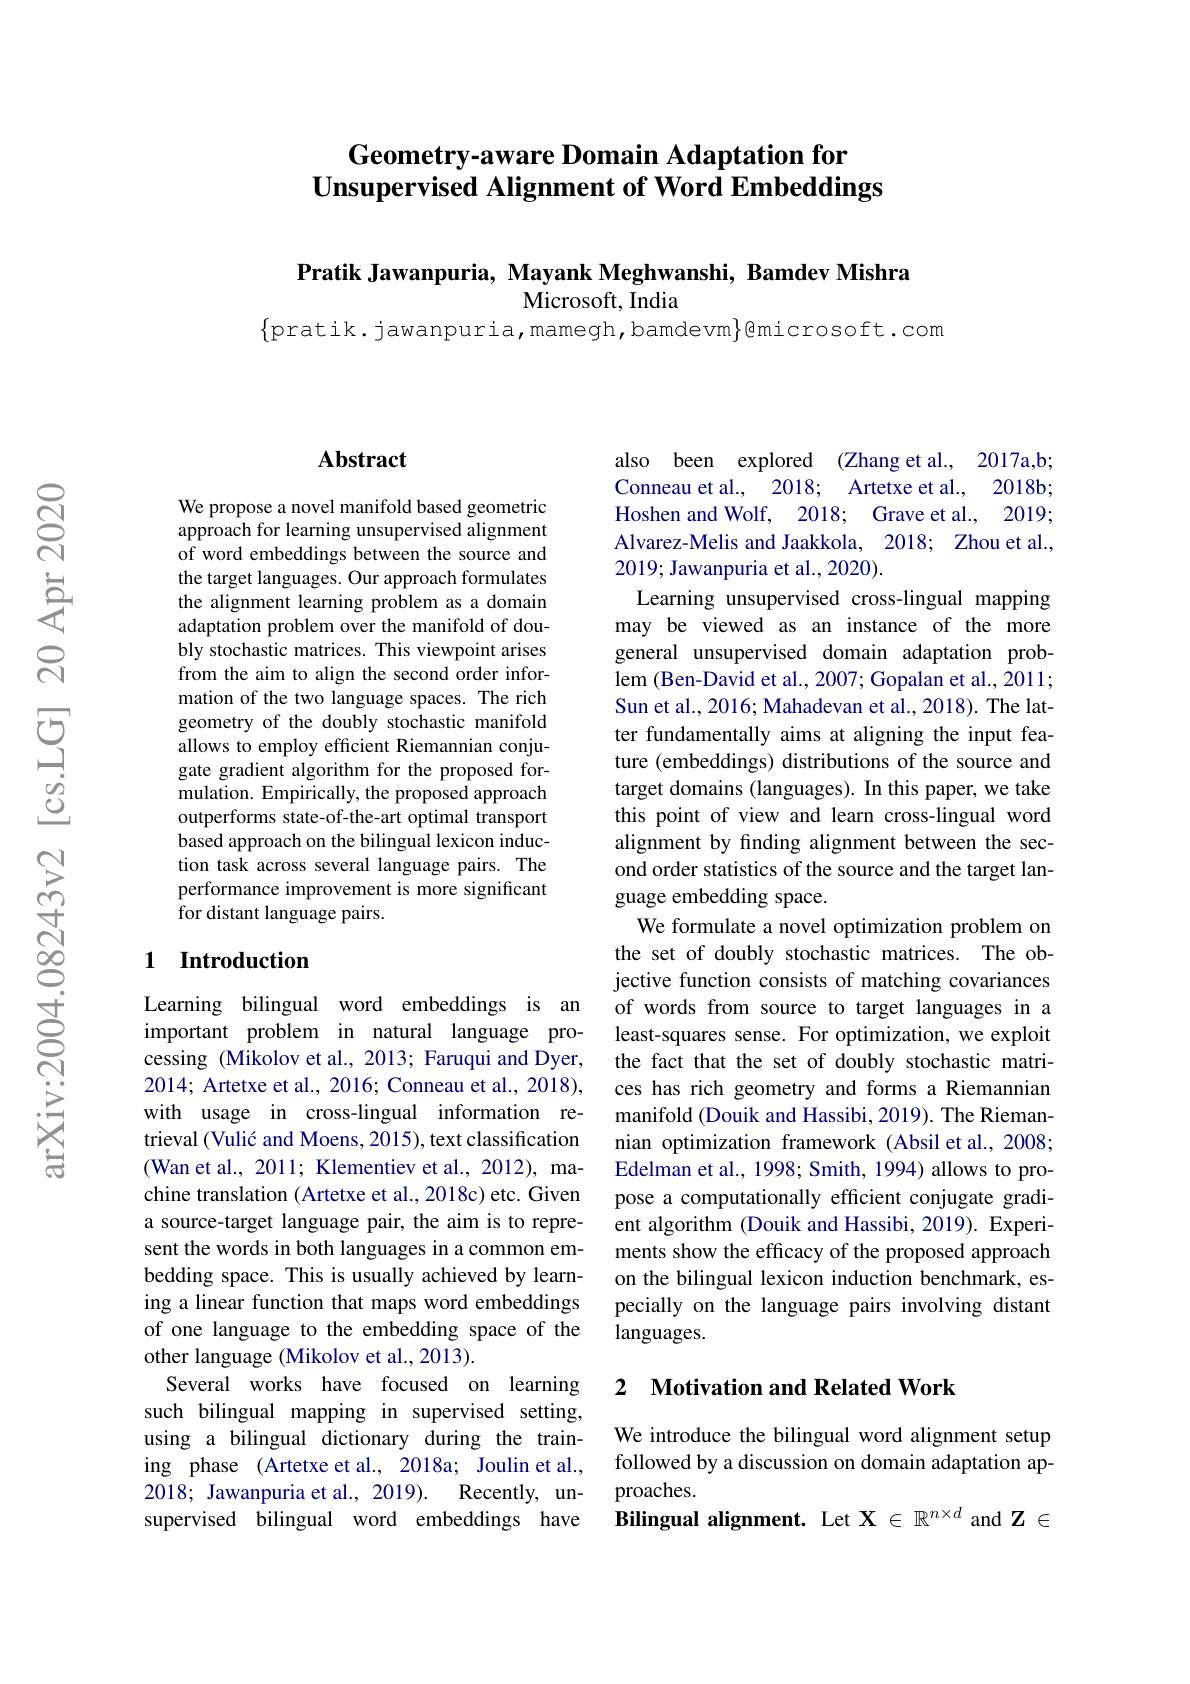
# Geometry-aware Domain Adaptation for $\textbf{Unsupervised Alignment of Word Embeddings}$

Pratik Jawanpuria, Mayank Meghwanshi, Bamdev Mishra
Microsoft, India

$\{$pratik.jawanpuria,mamegh,bamdevm$\}$@microsoft.com

## Abstract

We propose a novel manifold based geometric approach for learning unsupervised alignment of word embeddings between the source and the target languages. Our approach formulates the alignment learning problem as a domain adaptation problem over the manifold of doubly stochastic matrices. This viewpoint arises from the aim to align the second order information of the two language spaces. The rich geometry of the doubly stochastic manifold allows to employ efficient Riemannian conjugate gradient algorithm for the proposed formulation. Empirically, the proposed approach outperforms state-of-the-art optimal transport based approach on the bilingual lexicon induction task across several language pairs. The performance improvement is more significant $\hat{\text{for distant language pairs.}}$

## 1 Introduction

Learning bilingual word embeddings is an important problem in natural language processing (Mikolov et al., 2013; Faruqui and Dyer, 2014; Artetxe et al., 2016; Conneau et al., 2018), with usage in cross-lingual information retrieval (Vulić and Moens, 2015), text classification (Wan et al., 2011; Klementiev et al., 2012), machine translation (Artetxe et al., 2018c) etc. Given a source-target language pair, the aim is to represent the words in both languages in a common embedding space. This is usually achieved by learning a linear function that maps word embeddings of one language to the embedding space of the other language (Mikolov et al., 2013).
Several works have focused on learning such bilingual mapping in supervised setting, using a bilingual dictionary during the training phase (Artetxe et al., 2018a; Joulin et al., 2018; Jawanpuria et al., 2019). Recently, unsupervised bilingual word embeddings have Bilingual alignment. Let $\mathcal{X}\in\mathbb{R}^{n\times d}$ and $\mathbf{Z}\in$

also been explored (Zhang et al., 2017a,b; Conneau et al., 2018; Artetxe et al., 2018b; Hoshen and Wolf, 2018; Grave et al., 2019; Alvarez-Melis and Jaakkola, 2018; Zhou et al., 2019; Jawanpuria et al., 2020).
Learning unsupervised cross-lingual mapping may be viewed as an instance of the more general unsupervised domain adaptation problem (Ben-David et al., 2007; Gopalan et al., 2011; Sun et al., 2016; Mahadevan et al., 2018). The latter fundamentally aims at aligning the input feature (embeddings) distributions of the source and target domains (languages). In this paper, we take this point of view and learn cross-lingual word alignment by finding alignment between the second order statistics of the source and the target language embedding space.
We formulate a novel optimization problem on the set of doubly stochastic matrices. The objective function consists of matching covariances of words from source to target languages in a least-squares sense. For optimization, we exploit the fact that the set of doubly stochastic matrices has rich geometry and forms a Riemannian manifold (Douik and Hassibi, 2019). The Riemannian optimization framework (Absil et al., 2008; Edelman et al., 1998; Smith, 1994) allows to propose a computationally efficient conjugate gradient algorithm (Douik and Hassibi, 2019). Experiments show the efficacy of the proposed approach on the bilingual lexicon induction benchmark, especially on the language pairs involving distant languages.

# 2 Motivation and Related Work

We introduce the bilingual word alignment setup followed by a discussion on domain adaptation approaches.